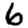
Digit: 6